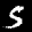
Digit: 5